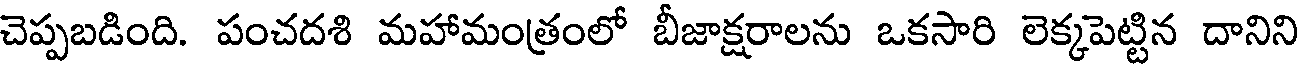
చెప్పబడింది. పంచదశి మహామంత్రంలో బీజాక్షరాలను ఒకసారి లెక్కపెట్టిన దానిని